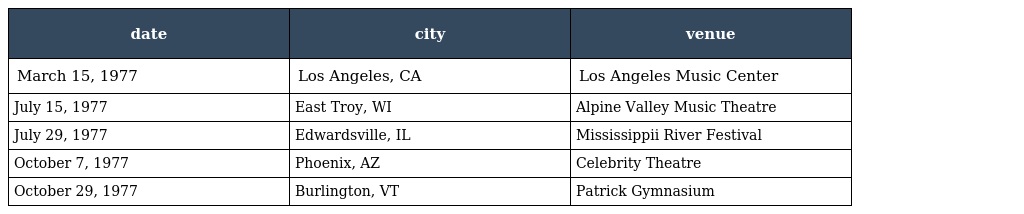
| date | city | venue |
 | --- | --- | --- |
 | March 15, 1977 | Los Angeles, CA | Los Angeles Music Center |
 | July 15, 1977 | East Troy, WI | Alpine Valley Music Theatre |
 | July 29, 1977 | Edwardsville, IL | Mississippii River Festival |
 | October 7, 1977 | Phoenix, AZ | Celebrity Theatre |
 | October 29, 1977 | Burlington, VT | Patrick Gymnasium |